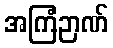
အကြံဉာဏ်